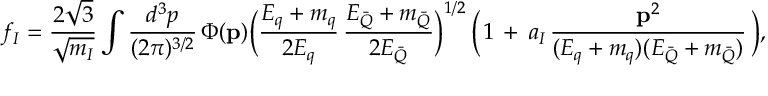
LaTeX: f _ { I } = { \frac { 2 { \sqrt { 3 } } } { \sqrt { m _ { I } } } } \int { \frac { d ^ { 3 } p } { ( 2 \pi ) ^ { 3 / 2 } } } \, \Phi ( { \bf { p } } ) \Big ( { \frac { E _ { q } + m _ { q } } { 2 E _ { q } } } \, { \frac { E _ { \bar { Q } } + m _ { \bar { Q } } } { 2 E _ { \bar { Q } } } } { \Big ) } ^ { 1 / 2 } \, \Big ( \, 1 \, + \, a _ { I } \, { \frac { { \bf { p } } ^ { 2 } } { ( E _ { q } + m _ { q } ) ( E _ { \bar { Q } } + m _ { \bar { Q } } ) } } \, \Big ) ,